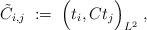
LaTeX: \begin{align*}\tilde{C}_{i,j} \; := \; \Big( t_i , C t_j \Big)_{L^2} \; ,\end{align*}